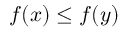
f \! \left( x \right) \leq f \! \left( y \right)